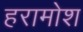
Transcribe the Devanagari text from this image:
हरामोश